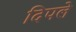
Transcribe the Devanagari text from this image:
दिपले